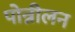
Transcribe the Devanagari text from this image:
पोन्नीलन